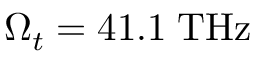
\Omega _ { t } = 4 1 . 1 \; \mathrm { T H z }